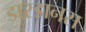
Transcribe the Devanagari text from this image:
डारडानस